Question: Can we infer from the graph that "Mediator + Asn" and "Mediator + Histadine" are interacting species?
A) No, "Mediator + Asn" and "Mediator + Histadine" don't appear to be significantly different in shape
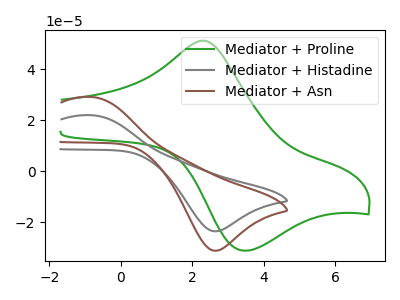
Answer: <think>The green curve "Mediator + Proline" has an anodic peak at (2.35V, 51.25uA) and a cathodic peak at (3.45V, -31.05uA). The gray curve "Mediator + Histadine" has an anodic peak at (-0.80V, 22.05uA) and a cathodic peak at (2.65V, -23.45uA). The brown curve "Mediator + Asn" has an anodic peak at (-0.80V, 29.20uA) and a cathodic peak at (2.65V, -31.10uA).
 All the peaks in "Mediator + Asn" have a peak in "Mediator + Histadine" at the same potential. Every peak in "Mediator + Asn" is higher than every peak in "Mediator + Histadine".</think>
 <answer>A) No, "Mediator + Asn" and "Mediator + Histadine" don't appear to be significantly different in shape</answer>
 <eval>A</eval>